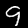
Digit: 9